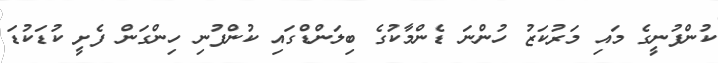
ކުންފުނީގެ މައި މަރުކަޒު ހުންނަ ޑެންމާކުގެ ބިލަންޑްގައި ކުންފުނި ހިންގަން ފެށީ ކުޑަކުޑަ